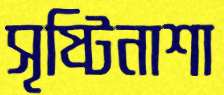
সৃষ্টিনাশা